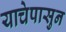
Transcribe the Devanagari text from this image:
याचेपासुन